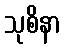
သုစိနာ